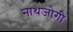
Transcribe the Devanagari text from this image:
नाथजोगी